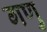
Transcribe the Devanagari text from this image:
गणु